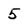
Character: 5